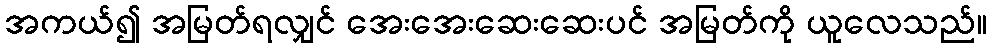
အကယ်၍ အမြတ်ရလျှင် အေးအေးဆေးဆေးပင် အမြတ်ကို ယူလေသည်။